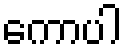
ကောပါ